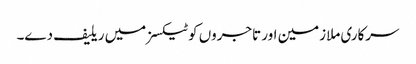
سرکاری ملازمین اور تاجروں کو ٹیکسز میں ریلیف دے۔